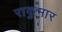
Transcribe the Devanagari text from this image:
राकुमार